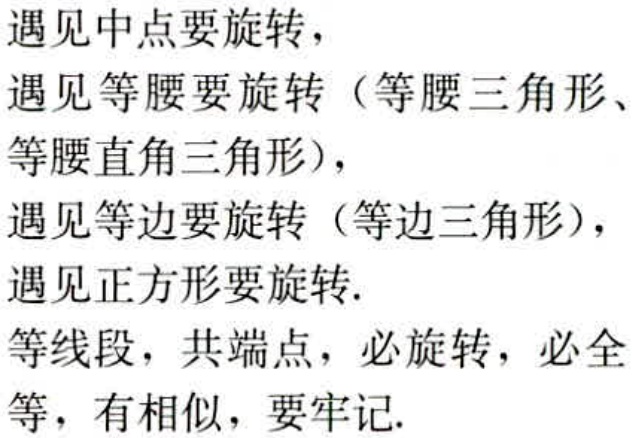
遇见中点要旋转，
遇见等腰要旋转（等腰三角形、
等腰直角三角形），
遇见等边要旋转（等边三角形），
遇见正方形要旋转.
等线段，共端点，必旋转，必全
等，有相似，要牢记.